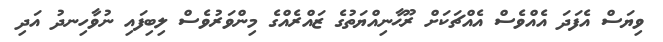
ވިޔަސް އެފަދަ އެއްވެސް އެއްޗަކަށް ރޫޙާނިއްޔަތުގެ ޒައްރެއްގެ މިންވަރުވެސް ލިބިފައި ނުވާހިނދު އަދި